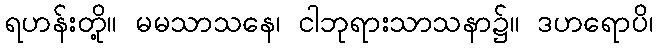
ရဟန်းတို့။ မမသာသနေ၊ ငါဘုရားသာသနာ၌။ ဒဟရောပိ၊